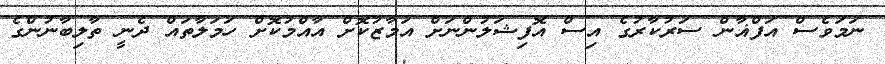
ނަމަވެސް އަފްޣާން ސަރުކާރުގެ އިސް އޮފިޝަލުންނަށް އަމާޒުކޮށް އާއްމުކޮށް ހަމަލާތައް ދެނީ ތާލިބާނުންގެ